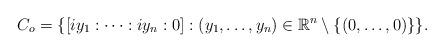
LaTeX: \begin{align*}C_o=\{[iy_1:\cdots :iy_n:0] : (y_1, \dots ,y_n) \in \mathbb{R}^n \setminus \{(0, \dots,0)\} \}.\end{align*}